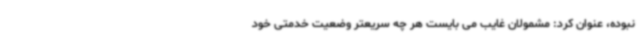
نبوده، عنوان کرد: مشمولان غایب می بایست هر چه سریعتر وضعیت خدمتی خود